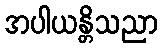
အပါယန္တိသညာ